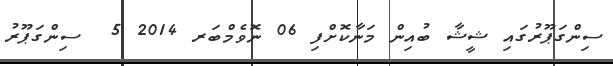
ސިންގަޕޫރުގައި ޝީޝާ ބުއިން މަނާކޮށްފި 06 ނޮވެމްބަރ 2014 5  ސިންގަޕޫރު